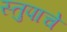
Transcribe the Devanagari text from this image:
स्तुपाचे